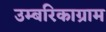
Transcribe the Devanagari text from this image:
उम्बरिकाग्राम